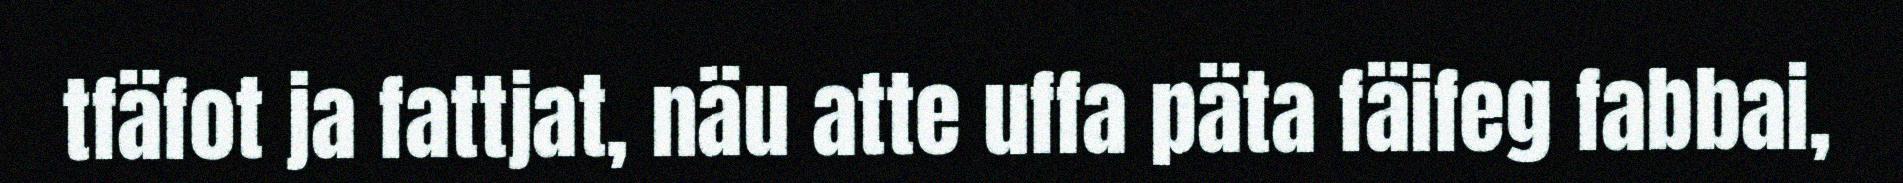
tfäfot ja fattjat, näu atte uffa päta fäifeg fabbai,